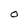
Character: 0